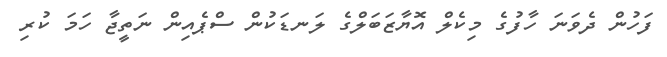
ފަހުން ދެވަނަ ހާފުގެ މިކެލް އޮޔާޒަބަލްގެ ލަނޑަކުން ސްޕެއިން ނަތީޖާ ހަމަ ކުރި